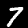
Label: 7